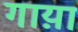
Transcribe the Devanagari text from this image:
गाय़ा